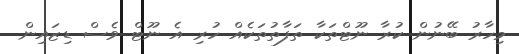
މިހާރު ބޭނުން ކުރާ ނޫޓްތަކާ ތަފާތުތަކެއް ހުރި އެ ނޫޓް ވެސް ޑިޒައިން